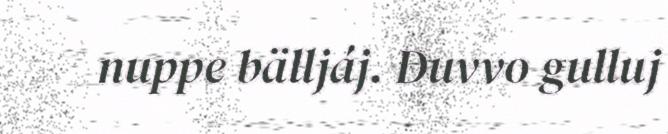
nuppe bälljáj. Duvvo gulluj